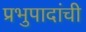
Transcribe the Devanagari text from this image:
प्रभुपादांची